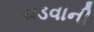
ચડવાની